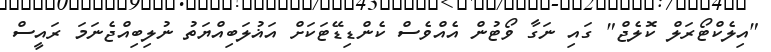
"އިލެކްޓޯރަލް ކޮލެޖް" ގައި ނަގާ ވޯޓުން އެއްވެސް ކެންޑިޑޭޓަކަށް އަޣުލަބިއްޔަތު ނުލިބިއްޖެނަމަ ރައީސް